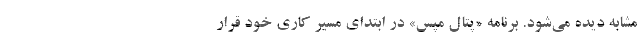
مشابه دیده می‌شود. برنامه «پتال مپس» در ابتدای مسیر کاری خود قرار